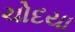
ચોદયા